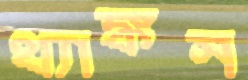
থ্যাঙ্কস